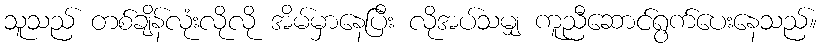
သူသည် တစ်ချိန်လုံးလိုလို အိမ်မှာနေပြီး လိုအပ်သမျှ ကူညီဆောင်ရွက်ပေးနေသည်။